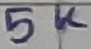
Text: 5K